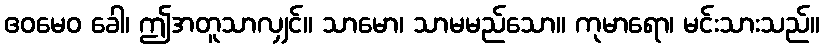
ဧဝမေဝ ခေါ၊ ဤအတူသာလျှင်။ သာမော၊ သာမမည်သော။ ကုမာရော၊ မင်းသားသည်။